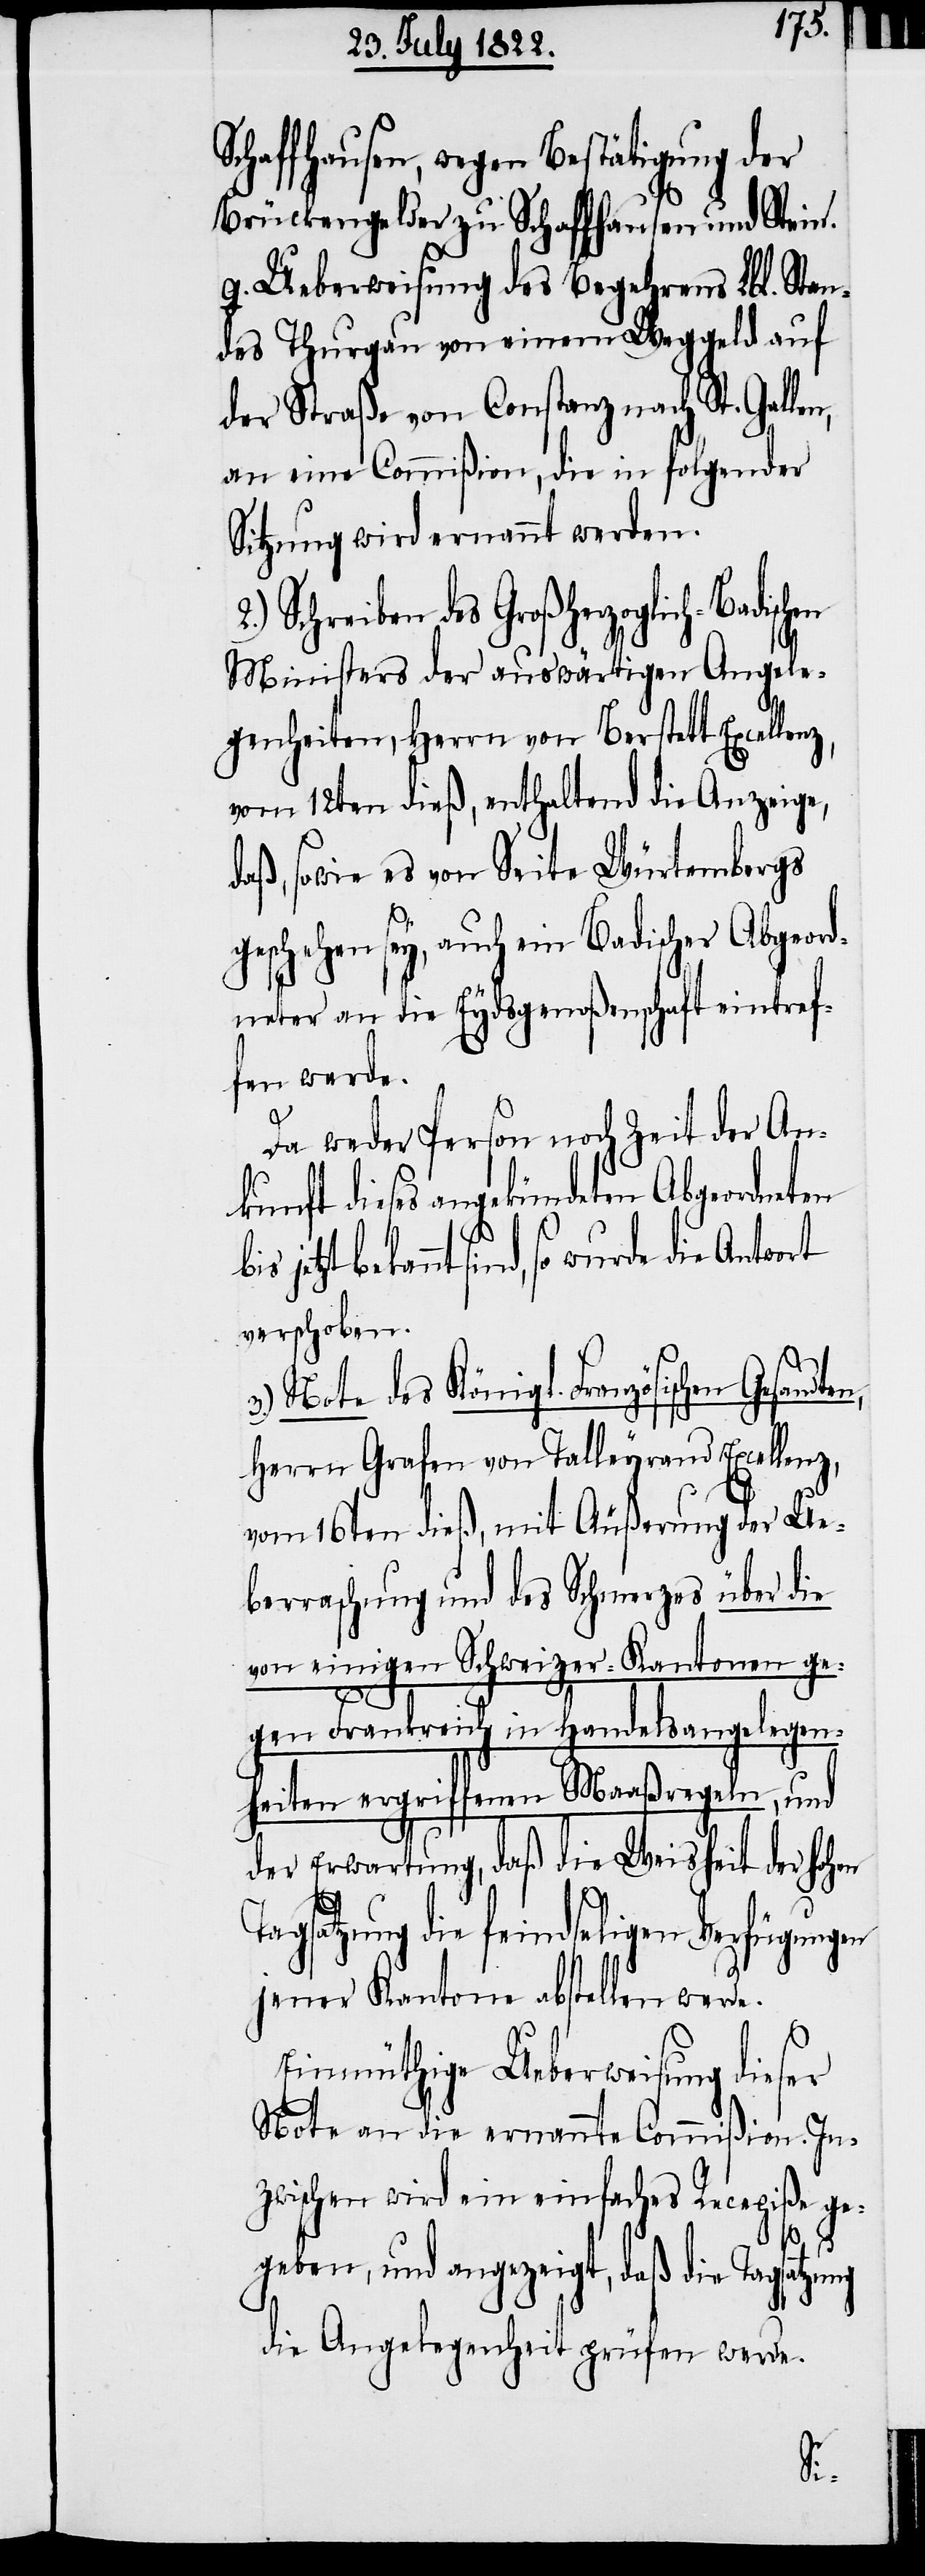
Schaffhausen, wegen Bestätigung der
Brückengelder zu Schaffhausen und Stein.
g. Ueberweisung des Begehrens Lbl. Stan¬
des Thurgau von einem Weggeld auf
der Straße von Constanz nach St. Gallen,
an eine Commißion, die in folgender
Sitzung wird ernannt werden.
Schreiben des Großherzoglich-Badisc¬
Ministers der auswärtigen Angele¬
genheiten, Herrn von Berstett Excellenz,
vom 12ten dieß, enthaltend die Anzeige,
daß, sowie es von Seite Würtembergs
geschehen sey, auch ein Badischer Abgeord¬
neter an die Eydsgenoßenschaft eintref¬
fen werde.
Da weder Person noch Zeit der An¬
kunft dieses angekündeten Abgeordneten
bekannt sind, so wurde die Antwort
verschoben.
3.) Note des Königl. Französischen
Herren Grafen von Talleyrand Excellenz,
vom 16ten dieß, mit Äußerung der Ue¬
berraschung und des Schmerzes über die
von einigen Schweizer-Kantonen ge¬
gen Frankreich in Handelsangelegen¬
heiten ergriffenen Maaßregeln, und
der Erwartung, daß die Weisheit der Hohen
Tagsatzung die feindseligen Verfügungen
jener Kantone abstellen werde.
Einmüthige Ueberweisung dieser
Note an die ernannte Commißion. In¬
zwischen wird ein einfaches Recepiße ge¬
hen
geben, und angezeigt, daß die Tagsatzung
die Angelegenheit prüfen werde.